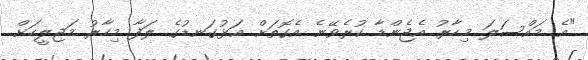
"އެ މައްސަލަ މިހާރު އެޖެންޑާ ކުރެވޭނެ އެގޮތަށް އަޅުގަނޑުގެ ލަފާ މިހާރު މަޖިލީހަށް